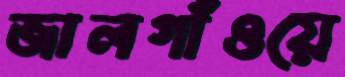
জালগাঁওয়ে